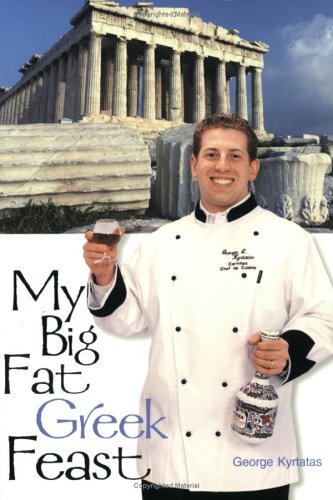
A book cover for My Big Fat Greek Feast; George Kyrtatas; Cookbooks, Food & Wine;